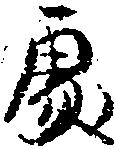
処